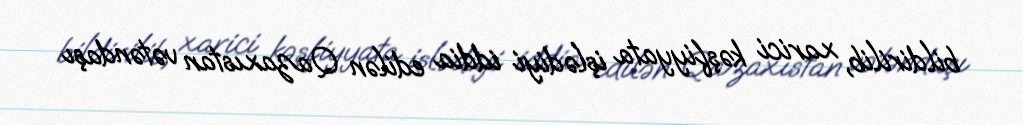
bildirilib, xarici kəşfiyyata işlədiyi iddia edilən Qazaxıstan vətəndaşı